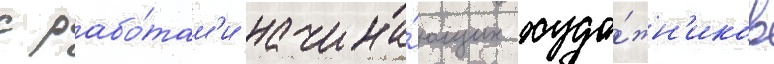
с рабо́там'и начина́ющих худо́жн'иков